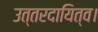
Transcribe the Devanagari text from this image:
उत्तरदायित्व।